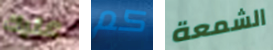
عليك كم الشمعة